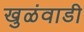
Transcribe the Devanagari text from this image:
खुळंवाडी